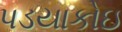
પડયાકોઇ